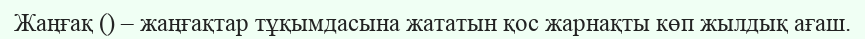
Жаңғақ () – жаңғақтар тұқымдасына жататын қос жарнақты көп жылдық ағаш.